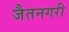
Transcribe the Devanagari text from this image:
जैतनगरी